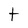
Character: t